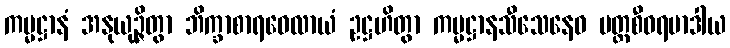
ကမ္မဋ္ဌာနံ အနုယုဉ္ဇိတွာ ဘိက္ခာစာရဝေလာယံ ဥဋ္ဌဟိတွာ ကမ္မဋ္ဌာနသီသေနေဝ ပတ္တစီဝရမာဒါယ